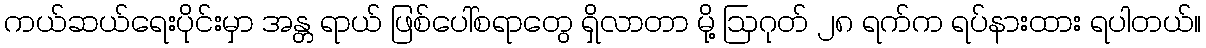
ကယ်ဆယ်ရေးပိုင်းမှာ အန္တ ရာယ် ဖြစ်ပေါ်စရာတွေ ရှိလာတာ မို့ ဩဂုတ် ၂၈ ရက်က ရပ်နားထား ရပါတယ်။